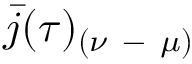
\bar { j } ( \tau ) _ { ( \nu \mathrm { ~ - ~ } \mu ) }